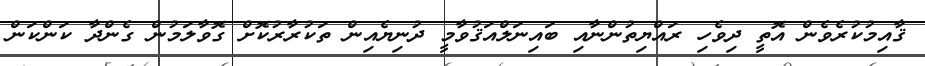
ޤާއިމުކުރެވެން އޮތީ ދިވެހި ރައްޔިތުންނާއި ބައިނަލްއަޤުވާމީ ދުނިޔެއިން ތަކުރާރުކޮށް ގޮވާލަމުން ގެންދާ ކަންކަން